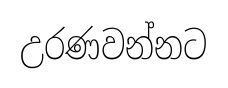
උරණවන්නට